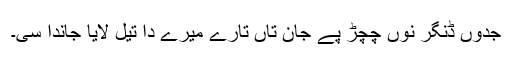
جدوں ڈنگر نوں چِچڑ پے جان تاں تارے میرے دا تیل لایا جاندا سی۔